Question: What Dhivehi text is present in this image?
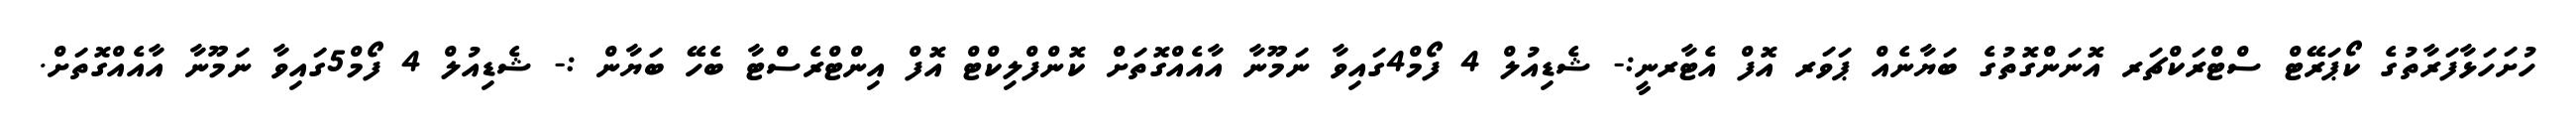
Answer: ހުށަހަޅާފަރާތުގެ ކޯޕަރޭޓް ސްޓްރަކްޗަރ އޮނަންގޮތުގެ ބަޔާނެއް ޕަވަރ އޮފް އެޓާރނީ:- ޝެޑިއުލް 4 ފޯމް4ގައިވާ ނަމޫނާ އާއެއްގޮތަށް ކޮންފްލިކްޓް އޮފް އިންޓްރެސްޓާ ބެހޭ ބަޔާން :- ޝެޑިއުލް 4 ފޯމް5ގައިވާ ނަމޫނާ އާއެއްގޮތަށް.